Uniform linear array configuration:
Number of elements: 32
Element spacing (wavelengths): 0.75
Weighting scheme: hamming
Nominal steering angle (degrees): -15
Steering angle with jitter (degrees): -15.792
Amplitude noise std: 0.05
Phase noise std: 0.05

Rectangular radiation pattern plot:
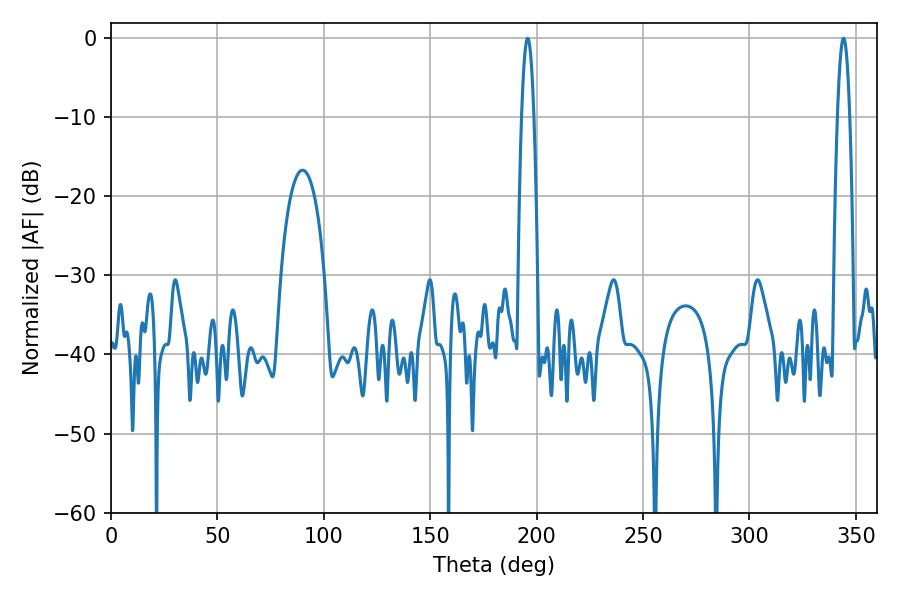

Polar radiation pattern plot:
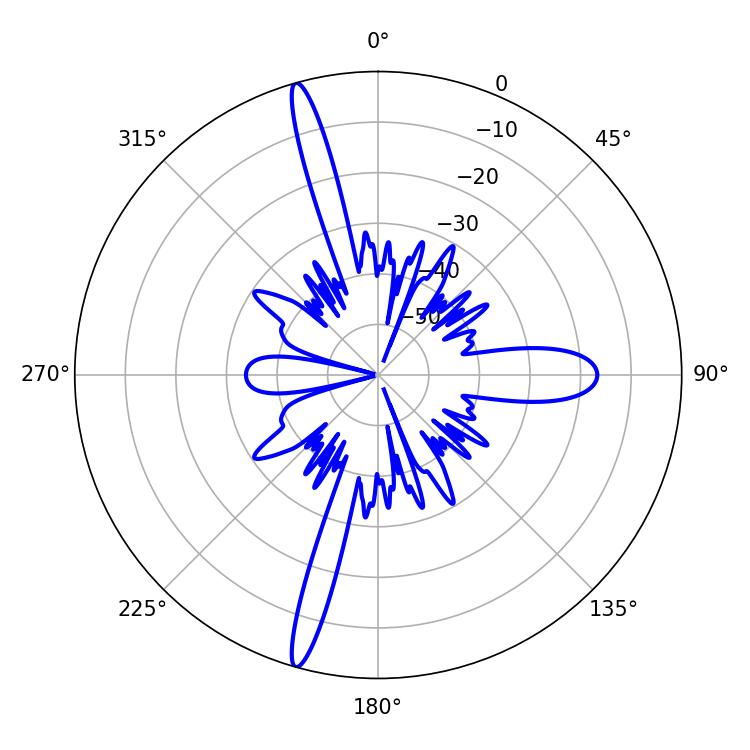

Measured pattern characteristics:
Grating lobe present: TRUE
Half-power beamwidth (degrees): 3.06
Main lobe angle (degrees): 195.84